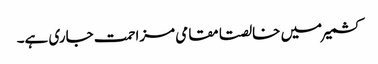
کشمیر میں خالصتا مقامی مزاحمت جاری ہے۔